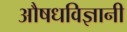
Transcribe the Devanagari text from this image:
औषधविज्ञानी